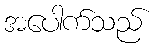
အပေါက်သည်